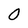
Character: O